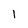
Character: 1